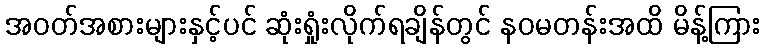
အဝတ်အစားများနှင့်ပင် ဆုံးရှုံးလိုက်ရချိန်တွင် နဝမတန်းအထိ မိန့်ကြား